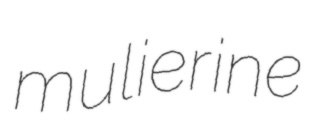
mulierine